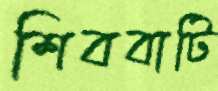
শিববাটি